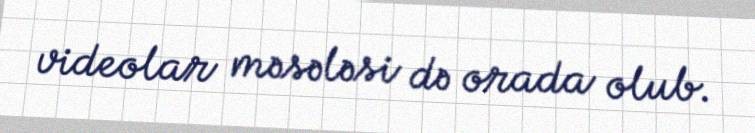
videolar məsələsi də orada olub.